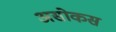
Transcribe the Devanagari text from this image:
असोकस